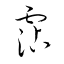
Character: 霑